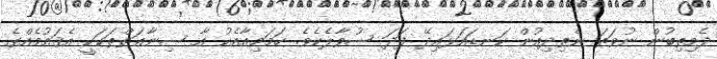
ދެމިތިބުން ނުވަތަ ނެތިދިއުން ކަނޑައަޅައިދޭ ފަދަ ސުވާލެކެވެ. ހަމަމިއާއެކު އާ ސިނާޢަތްތަކަކީ އެޤައުމެއްގެ